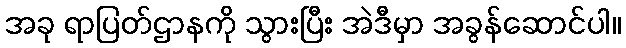
အခု ရာပြတ်ဌာနကို သွားပြီး အဲဒီမှာ အခွန်ဆောင်ပါ။